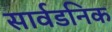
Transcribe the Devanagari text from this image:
सार्वडनिक